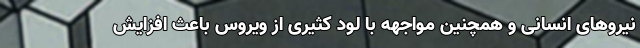
نیروهای انسانی و همچنین مواجهه با لود کثیری از ویروس باعث افزایش